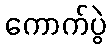
ကောက်ပွဲ